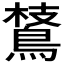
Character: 𪂅